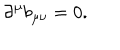
\partial ^ { \mu } b _ { \mu \nu } = 0 .